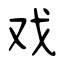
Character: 戏